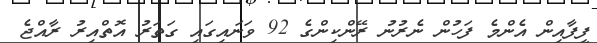
ފީފާއިން އެންމެ ފަހުން ނެރުނު ރޭންކިންގެ 92 ވަނައިގައި ގަތަރު އޮތްއިރު ރާއްޖެ